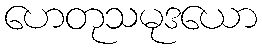
ဟေတုသမုဒယော